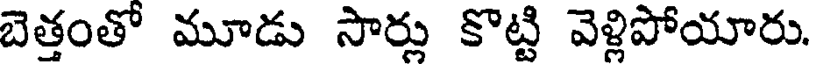
బెత్తంతో మూడు సార్లు కొట్టి వెళ్లిపోయారు.